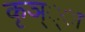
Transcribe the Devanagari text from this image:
कृञ््‌ा